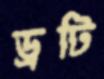
ড্রটি